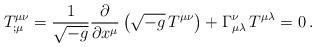
LaTeX: \begin{align*}T^{\mu\nu}_{;\mu} = \frac{1}{\sqrt{-g}} \frac{\partial}{\partial x^\mu} \left( \sqrt{-g} \, T^{\mu\nu} \right) + \Gamma^{\nu}_{\mu\lambda} \, T^{\mu\lambda} = 0 \>.\end{align*}